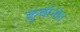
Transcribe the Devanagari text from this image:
कुर्बानोव